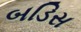
બડિસ